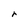
Character: r